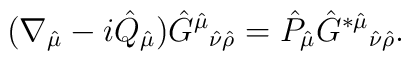
(\nabla_{\hat{\mu}} - i\hat{Q}_{\hat{\mu}})     \hat{G}^{\hat{\mu}}{}_{\hat{\nu}\hat{\rho}} = \hat{P}_{\hat{\mu}}     \hat{G}^{*\hat{\mu}}{}_{\hat{\nu}\hat{\rho}}.